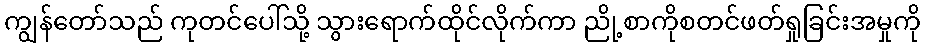
ကျွန်တော်သည် ကုတင်ပေါ်သို့ သွားရောက်ထိုင်လိုက်ကာ ညို့စာကိုစတင်ဖတ်ရှုခြင်းအမှုကို